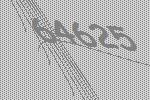
64625